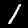
Digit: 1